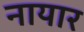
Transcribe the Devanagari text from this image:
नायार